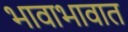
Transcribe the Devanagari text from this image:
भावाभावात